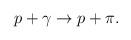
LaTeX: \begin{align*}p + \gamma \rightarrow p + \pi. \end{align*}